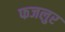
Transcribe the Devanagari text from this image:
फजलुर